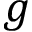
g